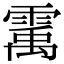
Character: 䨞